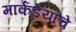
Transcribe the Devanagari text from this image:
मार्कंडेयाचे